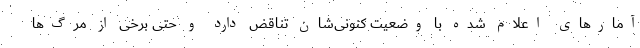
آمارهای اعلام شده با وضعیت کنونی‌شان تناقض دارد و حتی برخی از مرگ‌ها